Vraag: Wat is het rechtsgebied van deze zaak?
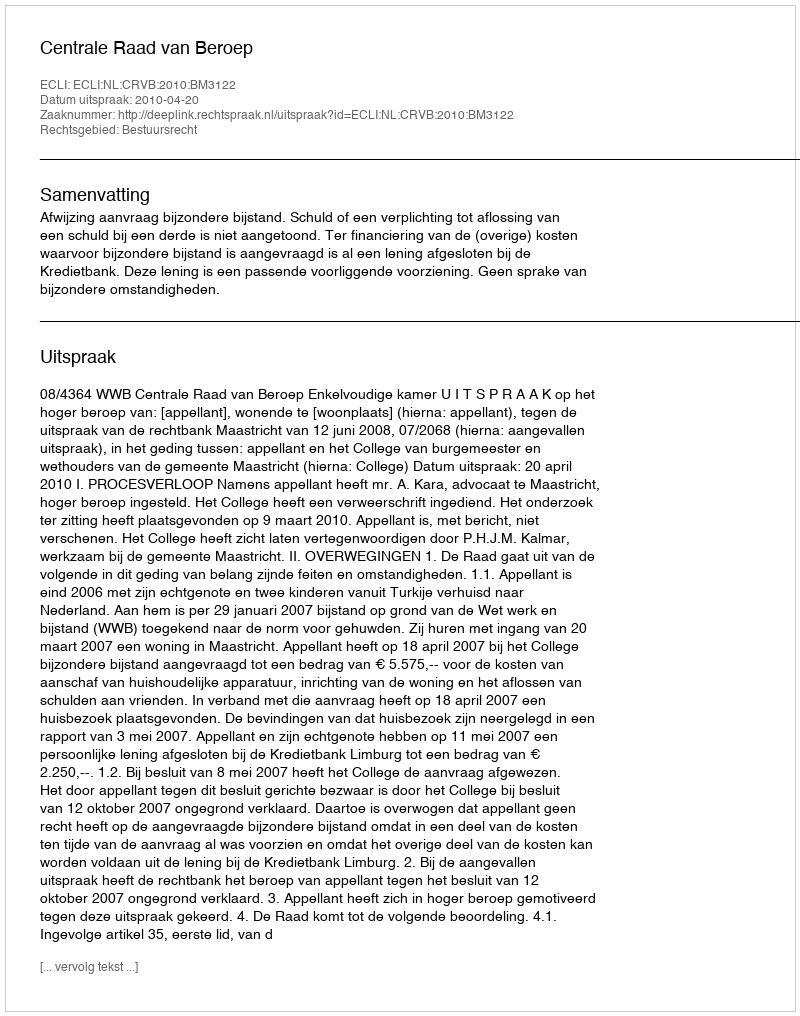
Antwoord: Bestuursrecht